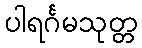
ပါရင်္ဂမသုတ္တ